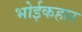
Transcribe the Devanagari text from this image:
भोईकहार